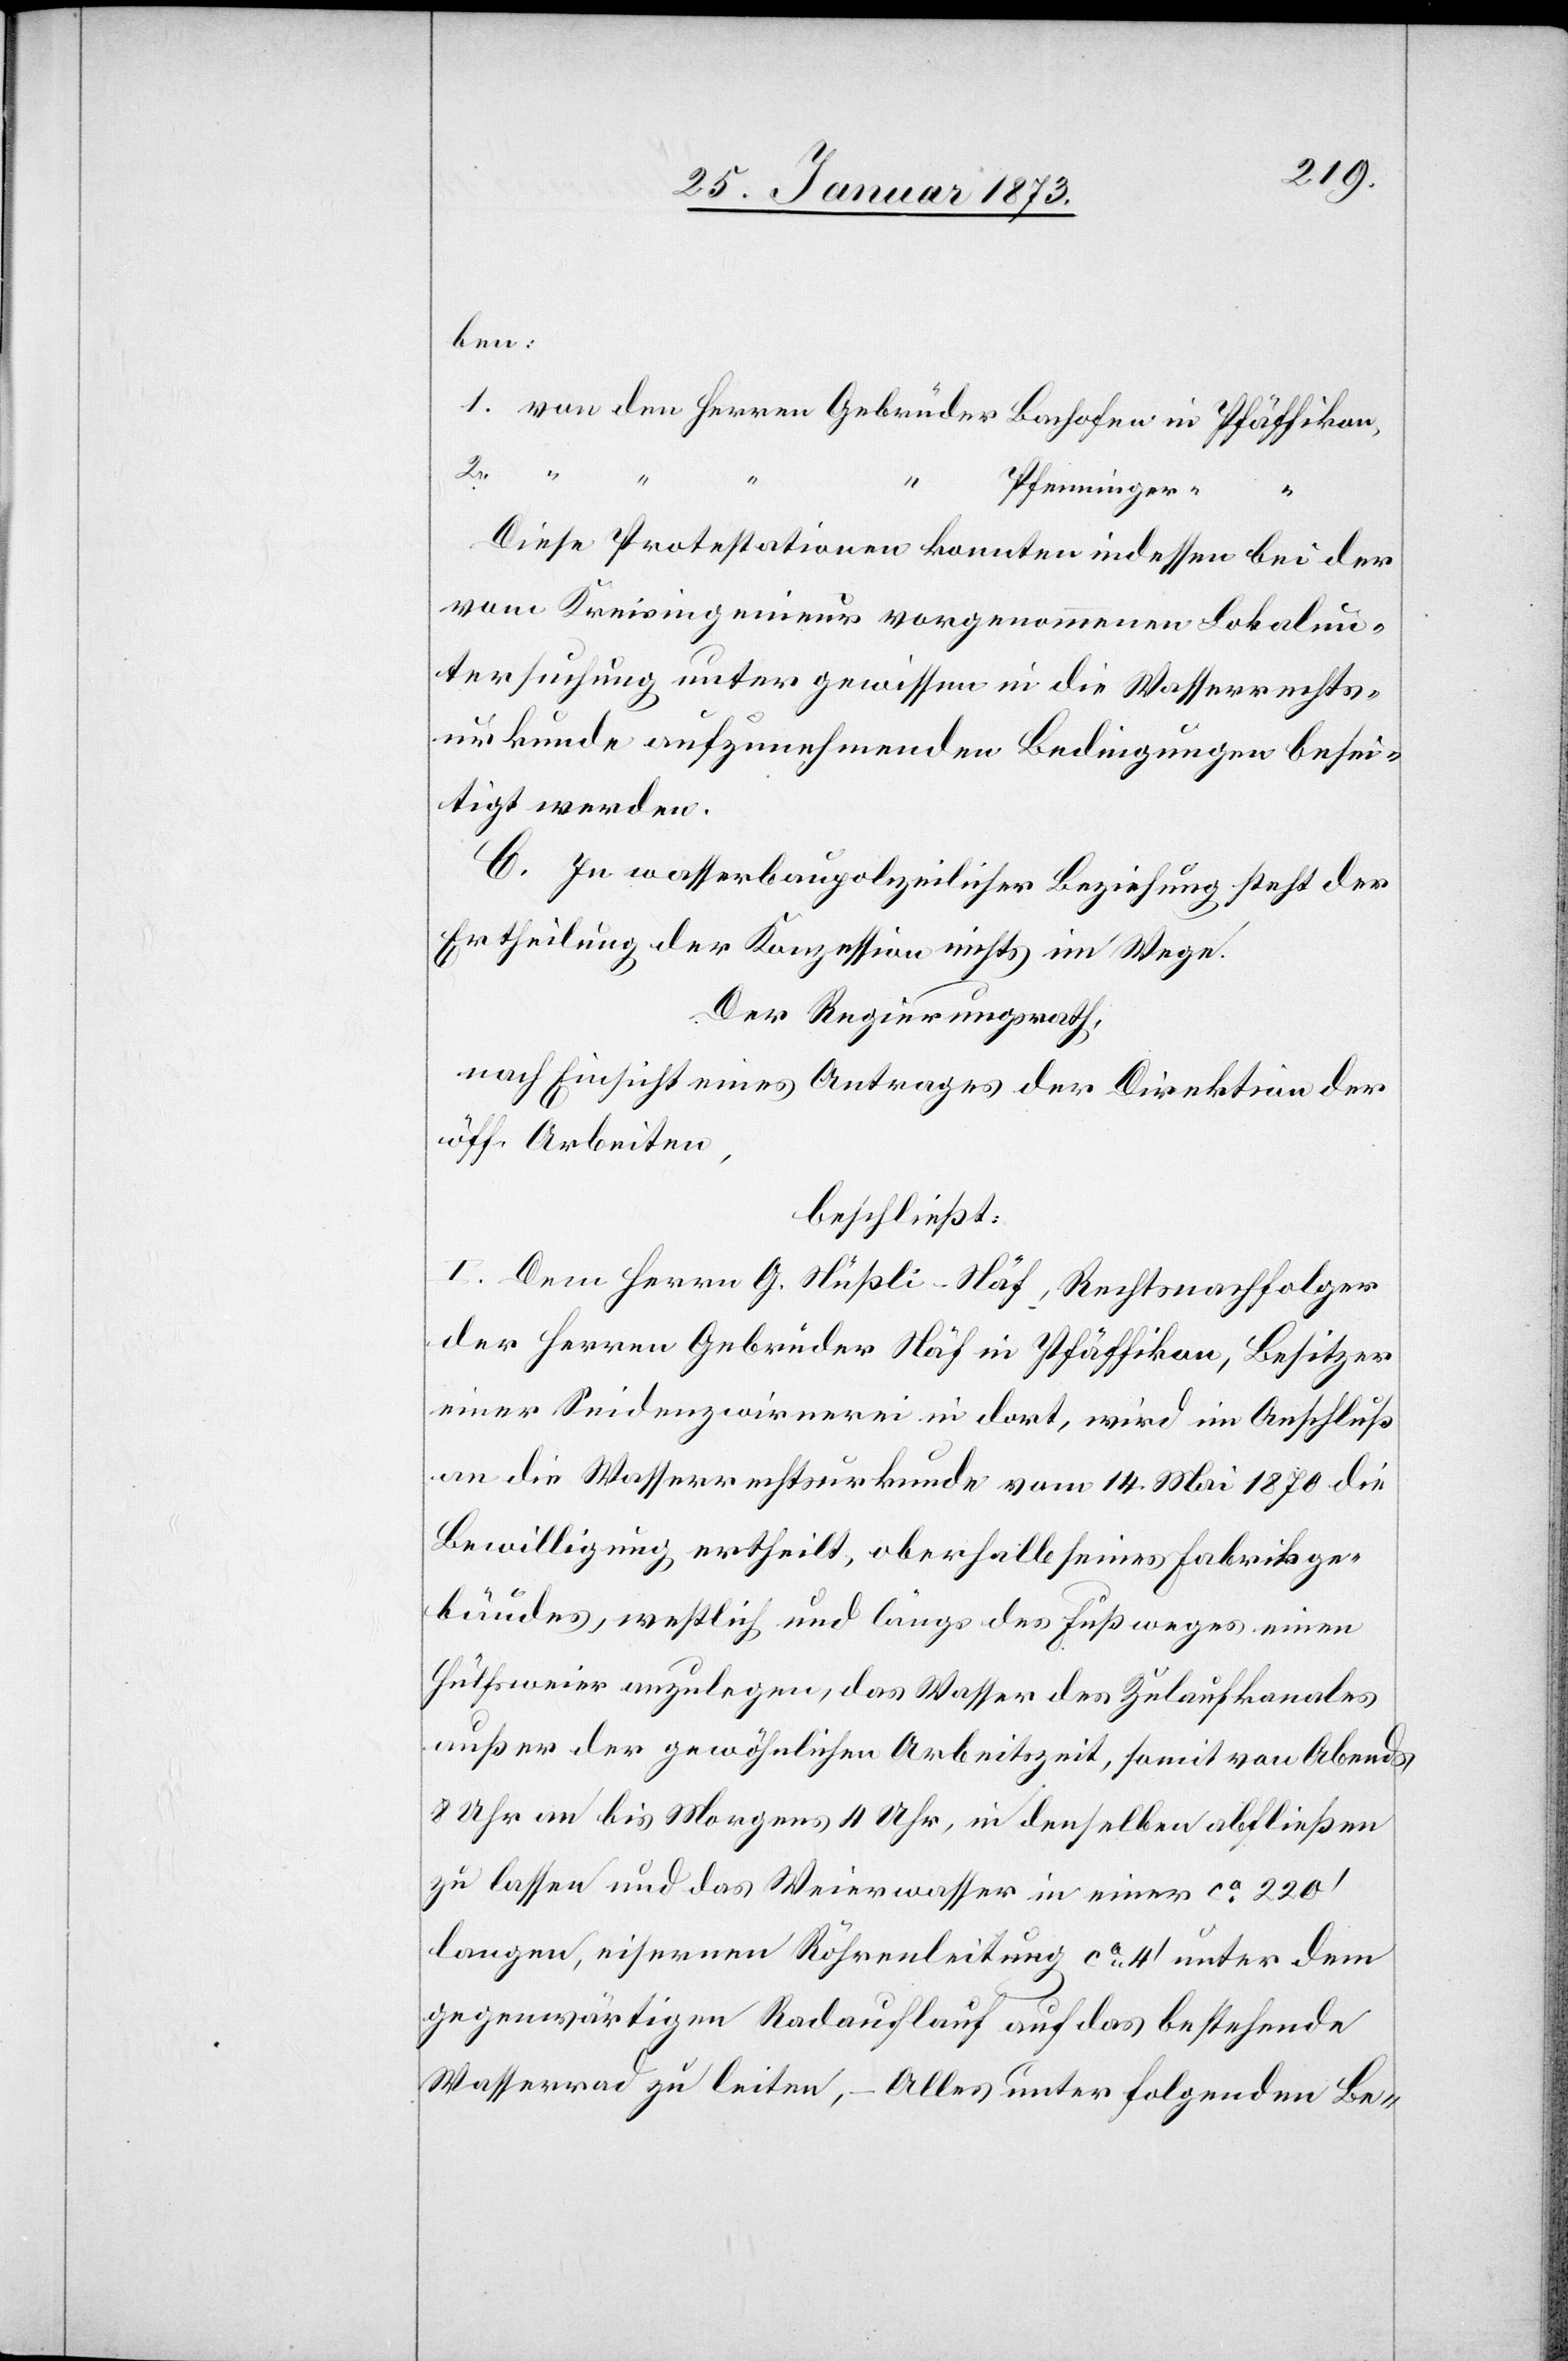
ben:
1. von den Herren Gebrüder Bachofen in Pfäffikon,
2.
Arbeiten,
“
Pfenninger “
“
Diese Protestationen konnten indessen bei der
vom Kreisingenieur vorgenommenen Lokalun¬
tersuchung unter gewissen in die Wasserrechts¬
urkunde aufzunehmenden Bedingungen besei¬
tigt werden.
C. In wasserbaupolizeilicher Beziehung steht der
Ertheilung der Konzession nichts im Wege.
Der Regierungsrath,
nach Einsicht eines Antrages der Direktion der
beschließt:
I. Dem Herrn G. Stüßli-Näf, Rechtsnachfolger
der Herren Gebrüder Näf in Pfäffikon, Besitzer
einer Seidenzwirnerei in dort, wird im Anschluß
an die Wasserrechtsurkunde vom 14. Mai 1870 die
Bewilligung ertheilt, oberhalb seines Fabrikge¬
bäudes, westlich und längs des Fußweges einen
Hülfsweier anzulegen, das Wasser des Zulaufkanales
außer der gewöhnlichen Arbeitszeit, somit von Abends
8 Uhr an bis Morgens 4 Uhr, in denselben abfließen
zu lassen und das Weierwasser in einer ca. 220’
langen, eisernen Röhrenleitung ca. 4’ unter dem
gegenwärtigen Radauflauf auf das bestehende
Wasserrad zu leiten, – Alles unter folgenden Be-